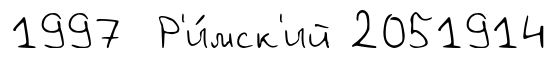
1997 Р'и́мск'ий 2051914